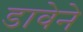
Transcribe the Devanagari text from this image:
डावेने